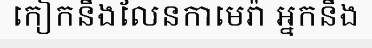
កៀកនឹងលែនកាមេរ៉ា អ្នកនឹង